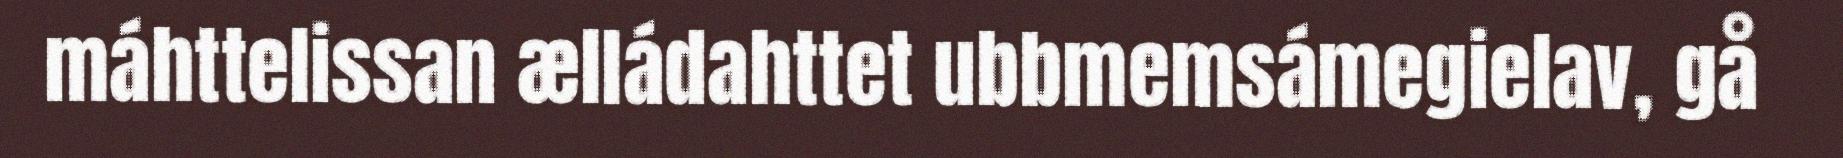
máhttelissan ælládahttet ubbmemsámegielav, gå